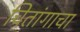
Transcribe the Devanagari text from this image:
चितांगाचा